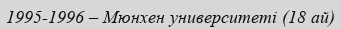
1995-1996 – Мюнхен университеті (18 ай)